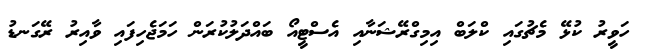
ހަވީރު ކުޅޭ މެޗުގައި ކްލަބް އިމިގްރޭޝަނާއި އެސްޓީއޯ ބައްދަލުކުރަން ހަމަޖެހިފައި ވާއިރު ރޭގަނޑު